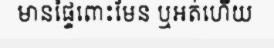
មានផ្ទៃពោះមែន ឬអត់ហើយ